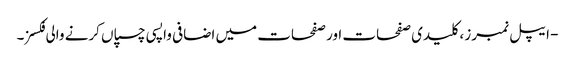
- ایپل نمبرز ، کلیدی صفحات اور صفحات میں اضافی واپسی چسپاں کرنے والی فکسز۔